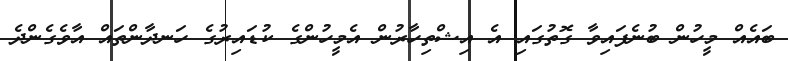
ބައެއް މީހުން ބުނެފައިވާ ގޮތުގައި އެ އިޝްތިހާރުން އެމީހުންގެ ކުޑައިރުގެ ހަނދާންތައް އާވެގެންދެ